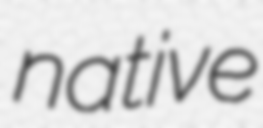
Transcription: native